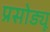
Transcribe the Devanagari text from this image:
प्रसोड्यू